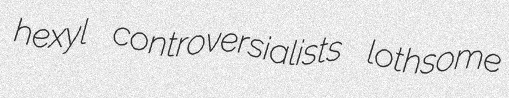
hexyl controversialists lothsome